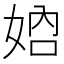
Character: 𡜴